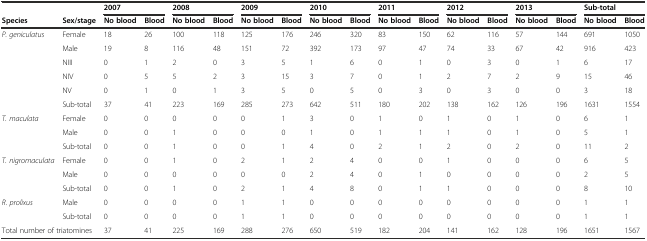
<table><thead><tr><td></td><td></td><td colspan="2"><b>2007</b></td><td colspan="2"><b>2008</b></td><td colspan="2"><b>2009</b></td><td colspan="2"><b>2010</b></td><td colspan="2"><b>2011</b></td><td colspan="2"><b>2012</b></td><td colspan="2"><b>2013</b></td><td colspan="2"><b>Sub-total</b></td></tr><tr><td><b>Species</b></td><td><b>Sex/stage</b></td><td><b>No blood</b></td><td><b>Blood</b></td><td><b>No blood</b></td><td><b>Blood</b></td><td><b>No blood</b></td><td><b>Blood</b></td><td><b>No blood</b></td><td><b>Blood</b></td><td><b>No blood</b></td><td><b>Blood</b></td><td><b>No blood</b></td><td><b>Blood</b></td><td><b>No blood</b></td><td><b>Blood</b></td><td><b>No blood</b></td><td><b>Blood</b></td></tr></thead><tbody><tr><td><i>P. geniculatus</i></td><td>Female</td><td>18</td><td>26</td><td>100</td><td>118</td><td>125</td><td>176</td><td>246</td><td>320</td><td>83</td><td>150</td><td>62</td><td>116</td><td>57</td><td>144</td><td>691</td><td>1050</td></tr><tr><td></td><td>Male</td><td>19</td><td>8</td><td>116</td><td>48</td><td>151</td><td>72</td><td>392</td><td>173</td><td>97</td><td>47</td><td>74</td><td>33</td><td>67</td><td>42</td><td>916</td><td>423</td></tr><tr><td></td><td>NIII</td><td>0</td><td>1</td><td>2</td><td>0</td><td>3</td><td>5</td><td>1</td><td>6</td><td>0</td><td>1</td><td>0</td><td>3</td><td>0</td><td>1</td><td>6</td><td>17</td></tr><tr><td></td><td>NIV</td><td>0</td><td>5</td><td>5</td><td>2</td><td>3</td><td>15</td><td>3</td><td>7</td><td>0</td><td>1</td><td>2</td><td>7</td><td>2</td><td>9</td><td>15</td><td>46</td></tr><tr><td></td><td>NV</td><td>0</td><td>1</td><td>0</td><td>1</td><td>3</td><td>5</td><td>0</td><td>5</td><td>0</td><td>3</td><td>0</td><td>3</td><td>0</td><td>0</td><td>3</td><td>18</td></tr><tr><td></td><td>Sub-total</td><td>37</td><td>41</td><td>223</td><td>169</td><td>285</td><td>273</td><td>642</td><td>511</td><td>180</td><td>202</td><td>138</td><td>162</td><td>126</td><td>196</td><td>1631</td><td>1554</td></tr><tr><td><i>T. maculata</i></td><td>Female</td><td>0</td><td>0</td><td>0</td><td>0</td><td>0</td><td>1</td><td>3</td><td>0</td><td>1</td><td>0</td><td>1</td><td>0</td><td>1</td><td>0</td><td>6</td><td>1</td></tr><tr><td></td><td>Male</td><td>0</td><td>0</td><td>1</td><td>0</td><td>0</td><td>0</td><td>1</td><td>0</td><td>1</td><td>1</td><td>1</td><td>0</td><td>1</td><td>0</td><td>5</td><td>1</td></tr><tr><td></td><td>Sub-total</td><td>0</td><td>0</td><td>1</td><td>0</td><td>0</td><td>1</td><td>4</td><td>0</td><td>2</td><td>1</td><td>2</td><td>0</td><td>2</td><td>0</td><td>11</td><td>2</td></tr><tr><td><i>T. nigromaculata</i></td><td>Female</td><td>0</td><td>0</td><td>1</td><td>0</td><td>2</td><td>1</td><td>2</td><td>4</td><td>0</td><td>0</td><td>1</td><td>0</td><td>0</td><td>0</td><td>6</td><td>5</td></tr><tr><td></td><td>Male</td><td>0</td><td>0</td><td>0</td><td>0</td><td>0</td><td>0</td><td>2</td><td>4</td><td>0</td><td>1</td><td>0</td><td>0</td><td>0</td><td>0</td><td>2</td><td>5</td></tr><tr><td></td><td>Sub-total</td><td>0</td><td>0</td><td>1</td><td>0</td><td>2</td><td>1</td><td>4</td><td>8</td><td>0</td><td>1</td><td>1</td><td>0</td><td>0</td><td>0</td><td>8</td><td>10</td></tr><tr><td><i>R. prolixus</i></td><td>Male</td><td>0</td><td>0</td><td>0</td><td>0</td><td>1</td><td>1</td><td>0</td><td>0</td><td>0</td><td>0</td><td>0</td><td>0</td><td>0</td><td>0</td><td>1</td><td>1</td></tr><tr><td></td><td>Sub-total</td><td>0</td><td>0</td><td>0</td><td>0</td><td>1</td><td>1</td><td>0</td><td>0</td><td>0</td><td>0</td><td>0</td><td>0</td><td>0</td><td>0</td><td>1</td><td>1</td></tr><tr><td colspan="2">Total number of triatomines</td><td>37</td><td>41</td><td>225</td><td>169</td><td>288</td><td>276</td><td>650</td><td>519</td><td>182</td><td>204</td><td>141</td><td>162</td><td>128</td><td>196</td><td>1651</td><td>1567</td></tr></tbody></table>